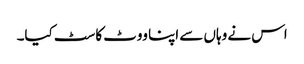
اس نے وہاں سے اپنا ووٹ کاسٹ کیا۔